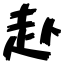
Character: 赴